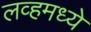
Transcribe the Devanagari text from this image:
लव्हमध्ये